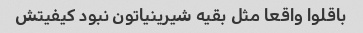
باقلوا واقعا مثل بقیه شیرینیاتون نبود کیفیتش